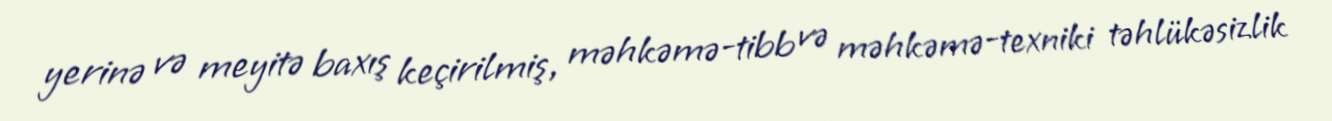
yerinə və meyitə baxış keçirilmiş, məhkəmə-tibb və məhkəmə-texniki təhlükəsizlik